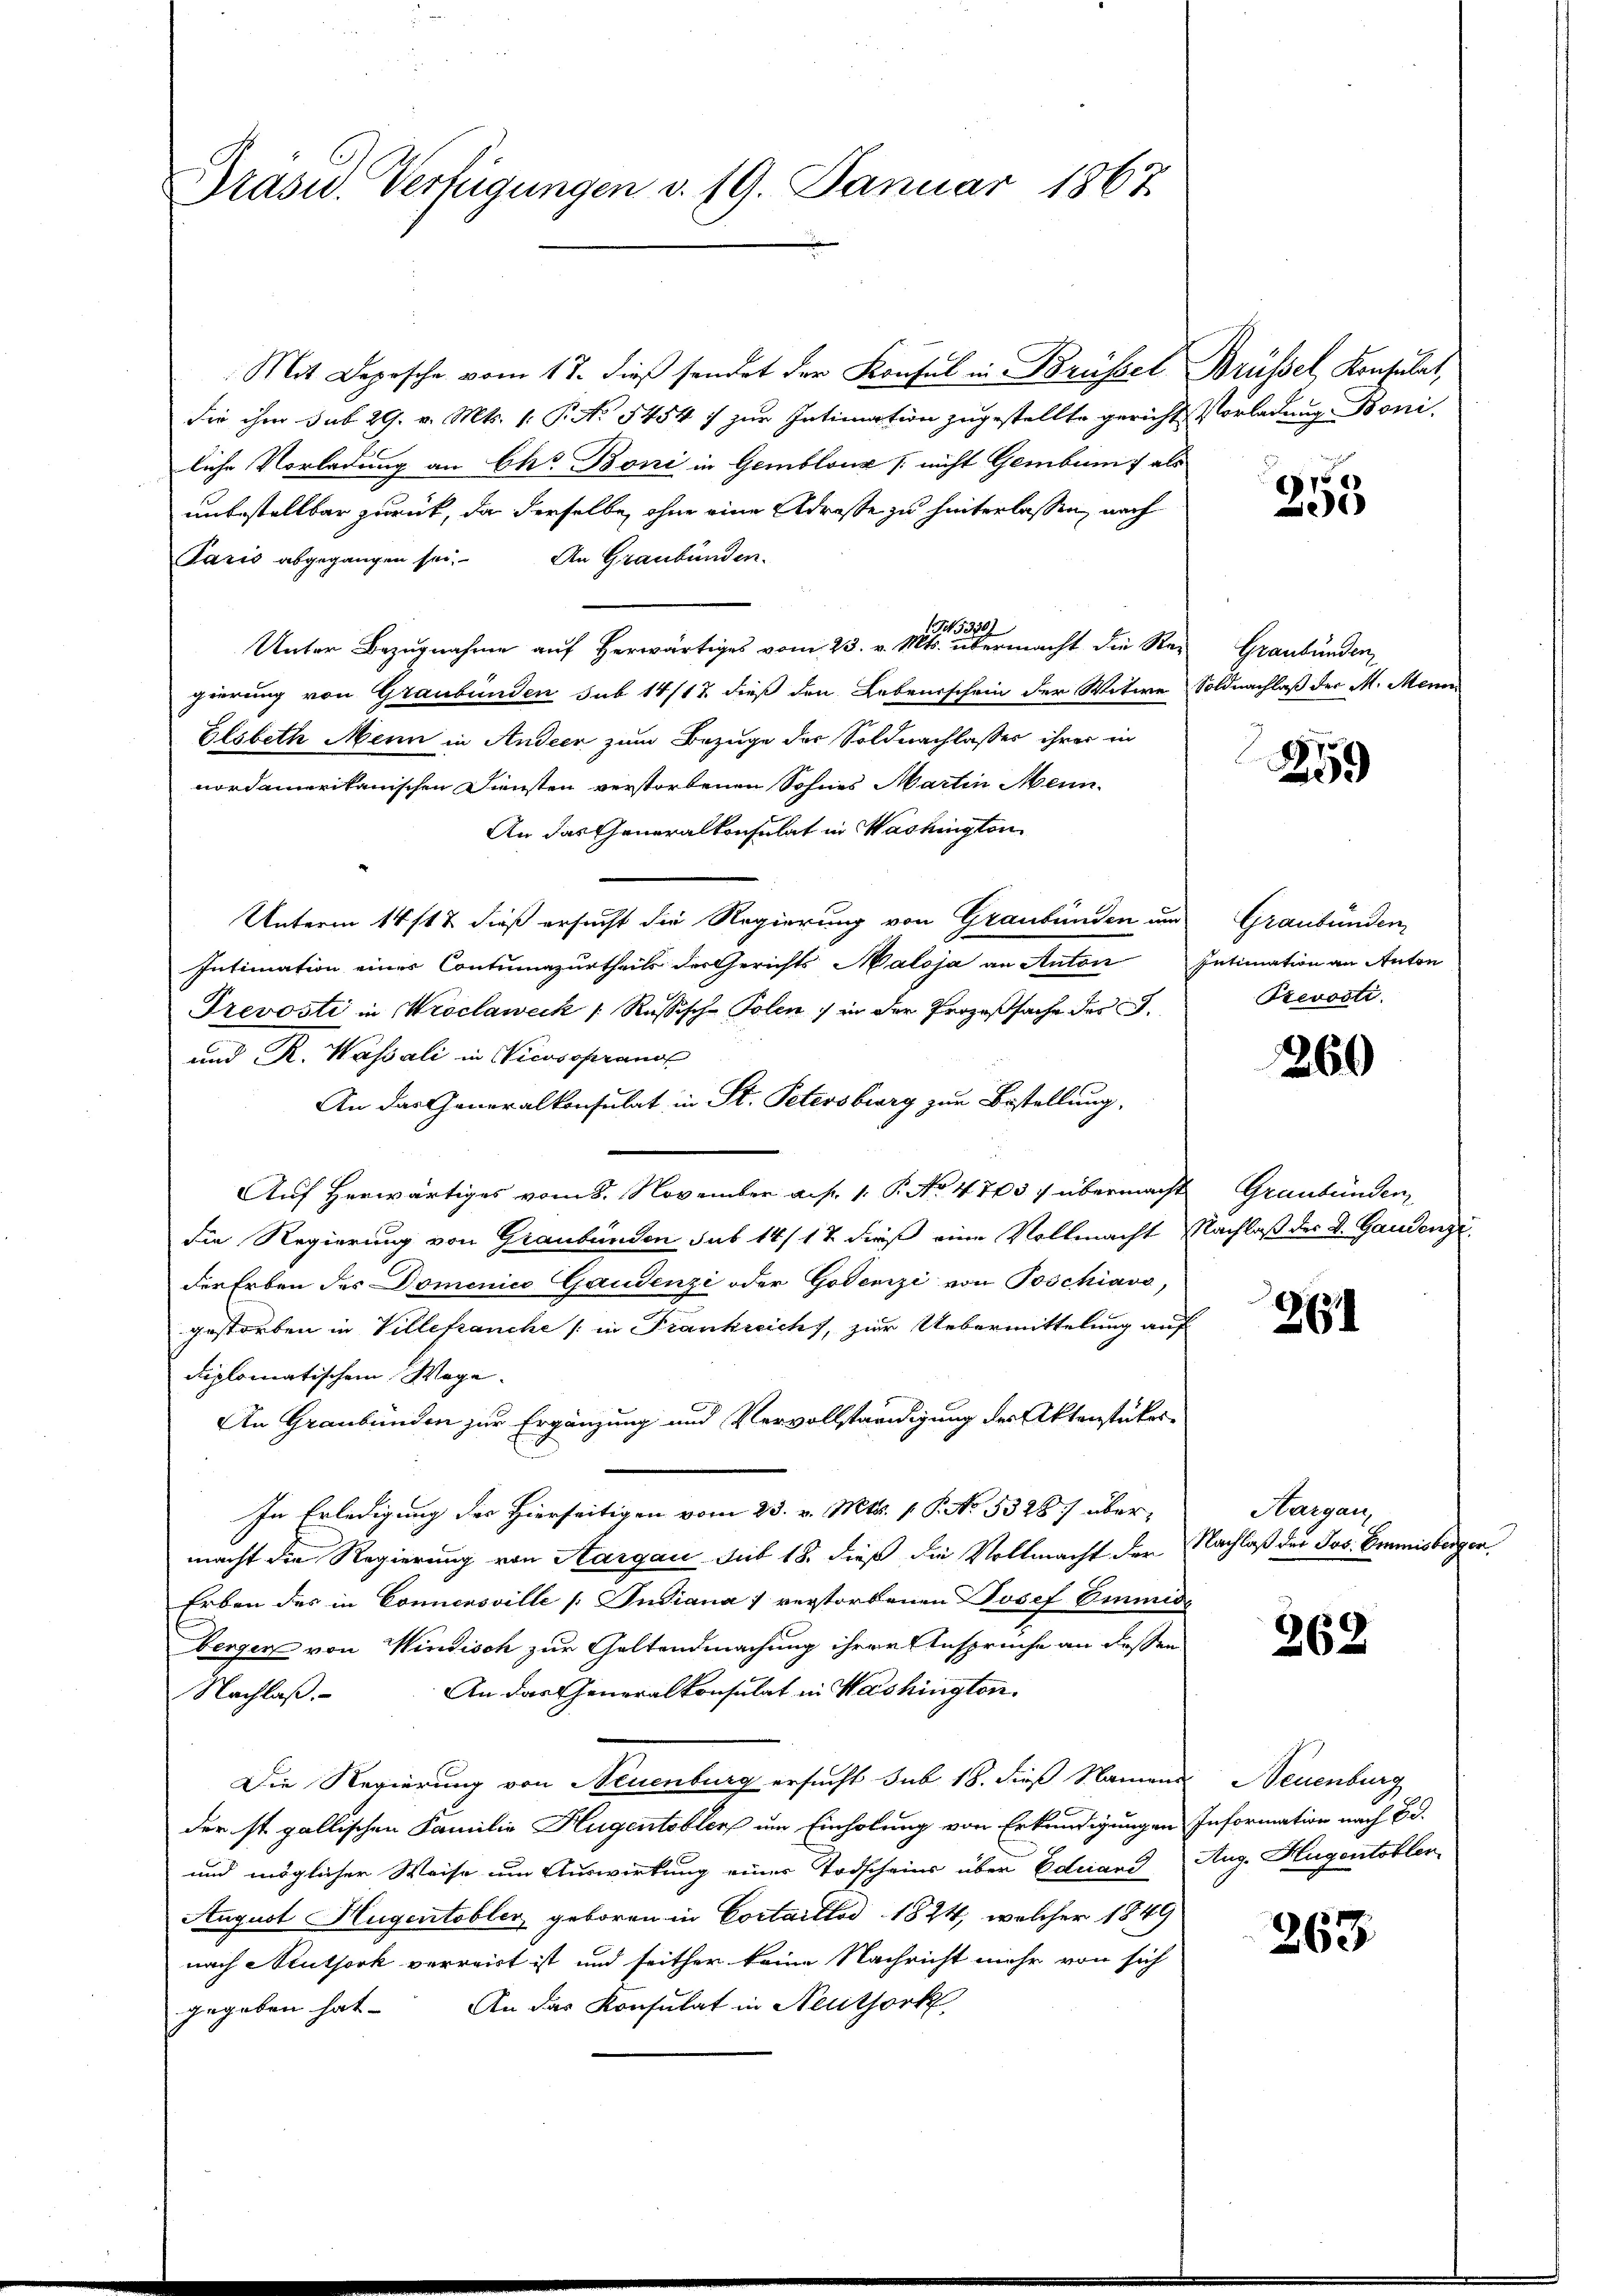
Dräsw. Verfügungen d. 19. Januar 1867

Mit Depesche vom 17. dieβ sendet der Konsul in Brüssel Brüssel, Konsulat,
die ihm sub 29. v. Mts. (: P. No. 5454 :/ zur Intimation zugestellte gericht Vorladung Boni-
liche Vorladung an Chr. Boni in Gemblouz / nicht Gembum 7 als
unbestellbar zurück, da derselbe, ohne eine Adreste zu hinterlassen, nach
Paris abgegangen sei. An Graubünden.
T5330)
Unter Bezŭgnahme aŭf herwärtiges vom 23. v. Mts. übermacht die Rei Graubünden
gierung von Graubünden sub 14/12 dieß den Lebensschein der Witwe Soldnachlaß der M. Mein
Elsbeth Menn in Andeer zum Bezuge der Soldnachlasses ihrer in
nordamerikanischen Diensten verstorbenen Sohnes Martin Mein
An das Generalkonsulat in Washington
Unterm 14 st & dieß ersucht die Regierung von Graubünden und Graubünden
Intimation einer Contumazurtheils der Gerichts Maloja an Anton Intimation an Anton
Prevosti in Wroclaweck ( Russische Polen, in der Prozeßsache des C.
und R. Wassali in Nicossprang
An das Generalkonsulat in St. Petersburg zur Bestellung,
Auf herwärtiges vom 8. November a. f. 1. P. No 4703, übermacht
die Regierung von Graubünden sub 14/12 dieß eine Vollmacht Nachlaß der D. Gaudenzi
der Erben des Domenico Gaudenzi oder Gotenzi von Poschiavo,
gestorben in Ville franche in Frankreichs, zur Uebermittelung auf
diplomatischem Wage
An Graubünden zur Ergänzung und Vervollständigung der Aktenstücker¬
In Erledigung des Hierseitigen vom 23. v. Mts. 1. P. No. 5328) übermacht die Regierung von Aargau sub 18. dieß die Vollmacht der Nachlaß der Jos. Emmisberger
Erben des in Connensville [: Indiana verstorbenen Josef Emmide
Berger von Windisch zur Geltendmachung ihrer Ansprüche an dessen
An das Generalkonsulat in Washingten.
Nachlaß.
Die Regierung von Neuenburg ersucht sub 18. dieß Namens Neuenburg
der st. gallischen Familie Hugentobler um Einholung von Erkundigungen Information nach Bd.
und möglicher Weise um Auswirkung einer Todscheins über Eduard Aug. Hugentobler
August Hugentobler geboren in Cortaillod 1824, welcher 1849
nach Neuthork verreist ist und seither keine Nachricht mehr von sich
gegeben hat. An das Konsulat in Neuthork

75
15

259

Prevosti

260

Graubünden

234

Hargau,

262

263